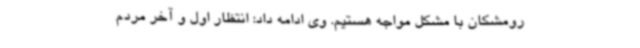
رومشکان با مشکل مواجه هستیم. وی ادامه داد: انتظار اول و آخر مردم